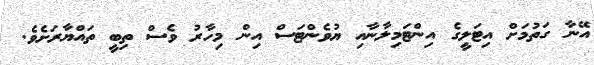
އޭނާ ގަތުމަށް އިޓަލީގެ އިންޓަމިލާނާއި ޔުވެންޓަސް އިން މިހާރު ވެސް ތިބީ ތައްޔާރަށެވެ.